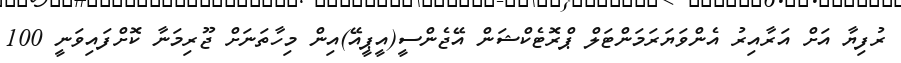
ރުފިޔާ އަށް އަރާއިރު އެންވަޔަރަމަންޓަލް ޕްރޮޓެކްޝަން އޭޖެންސީ(އީޕީއޭ)އިން މިހާތަނަށް ޖޫރިމަނާ ކޮށްފައިވަނީ 100